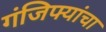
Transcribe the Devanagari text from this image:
गंजिफ्यांचा